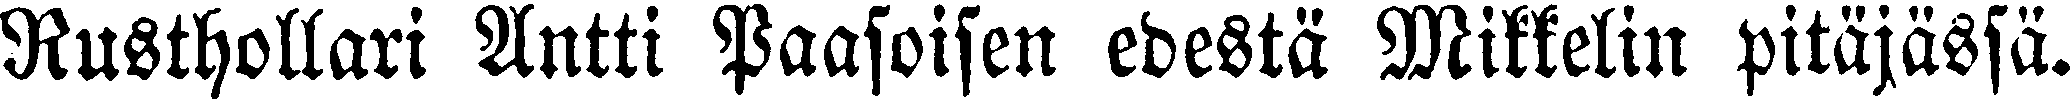
Rusthollari Antti Paasoisen edestä Mikkelin pitäjässä.